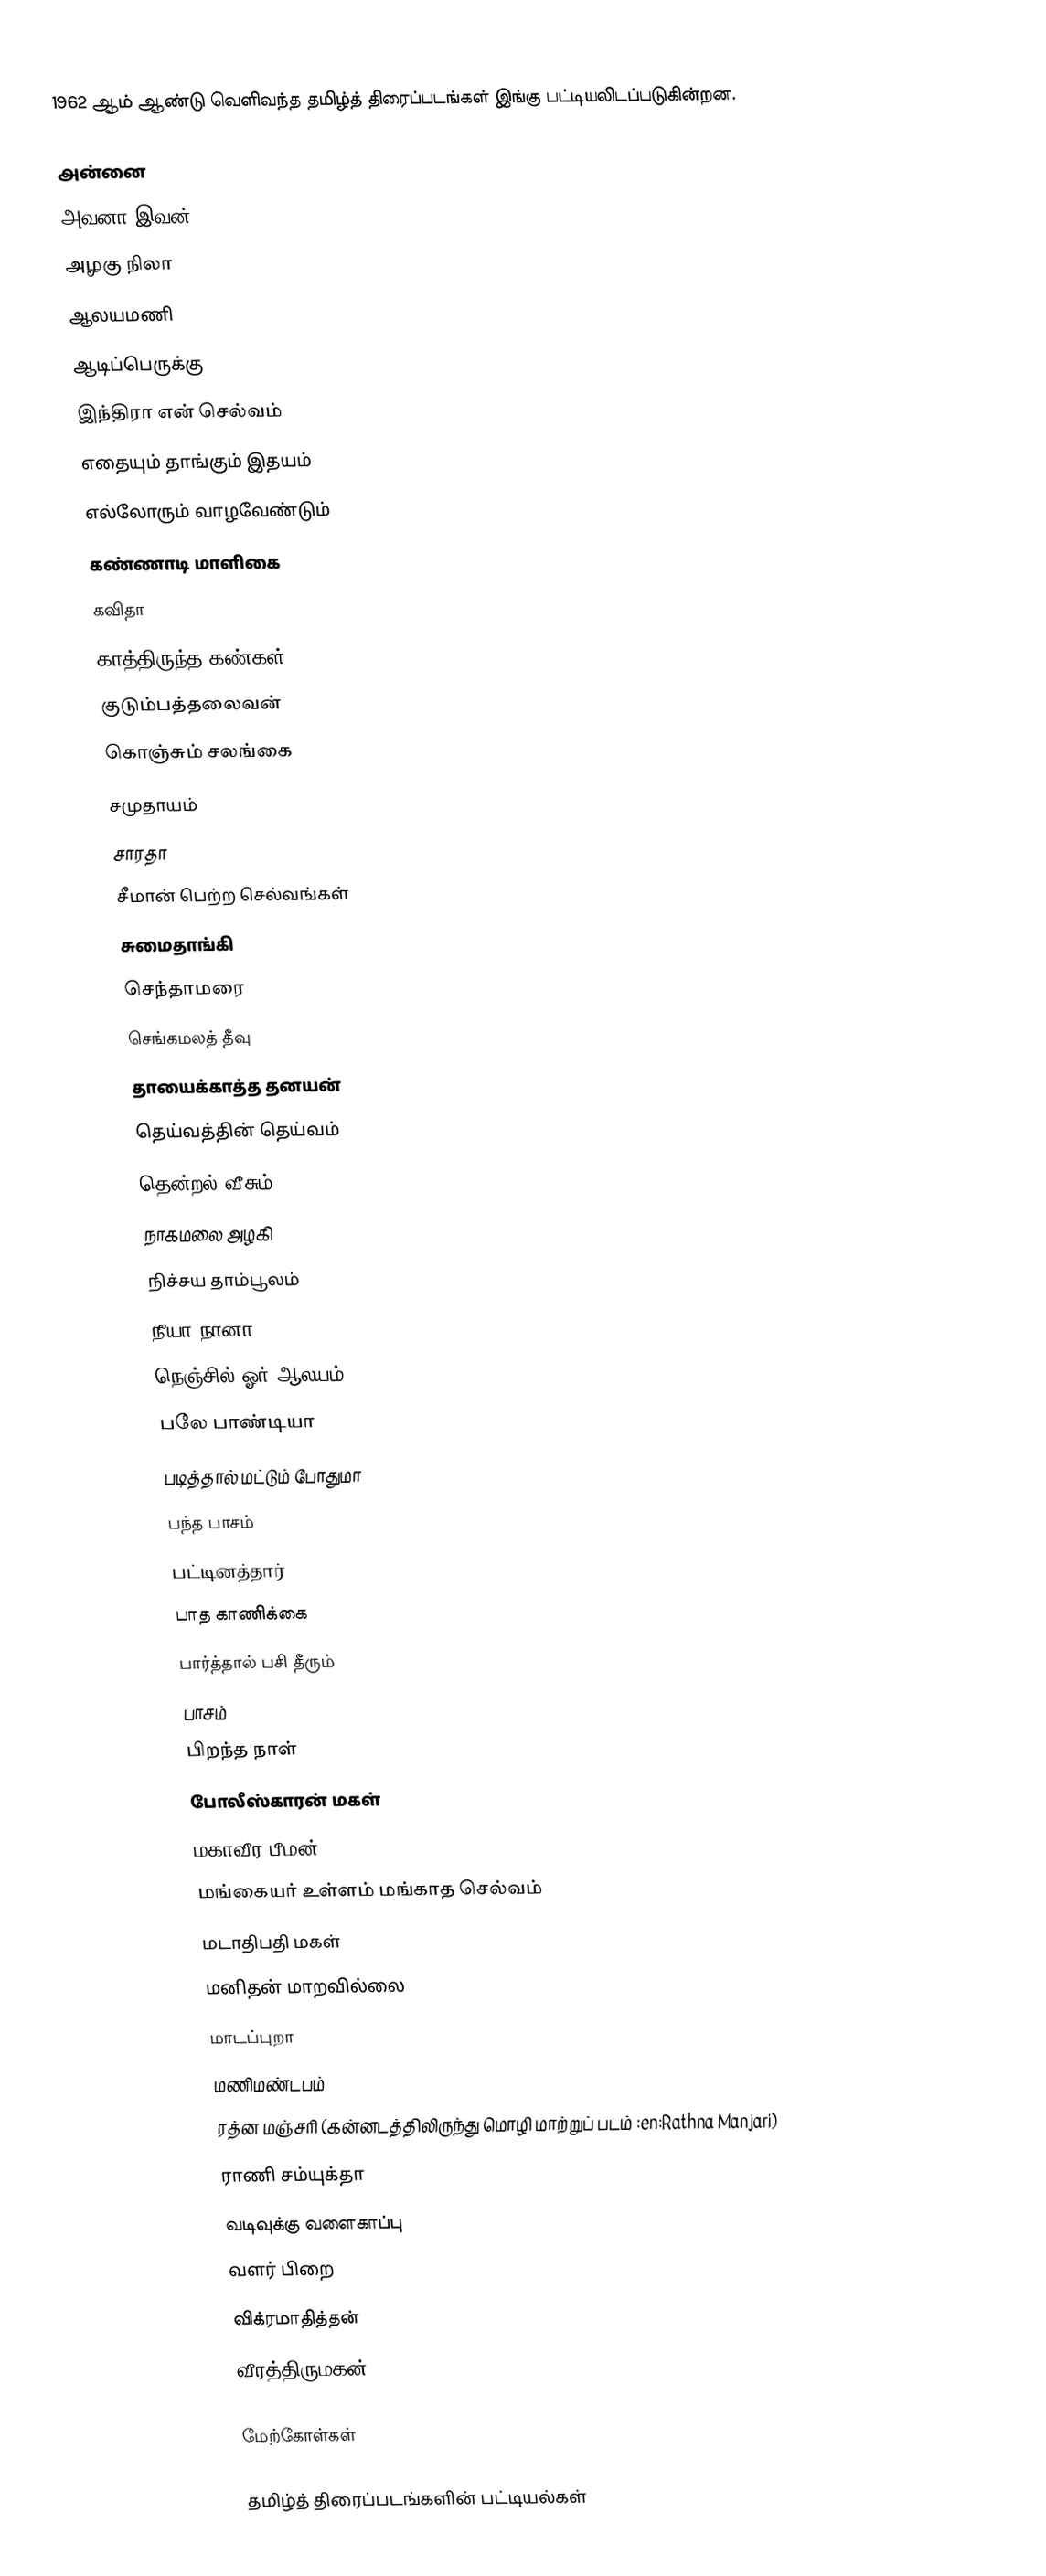
1962 ஆம் ஆண்டு வெளிவந்த தமிழ்த் திரைப்படங்கள் இங்கு பட்டியலிடப்படுகின்றன.

அன்னை
அவனா இவன்
அழகு நிலா
ஆலயமணி
ஆடிப்பெருக்கு
இந்திரா என் செல்வம்
எதையும் தாங்கும் இதயம்
எல்லோரும் வாழவேண்டும்
கண்ணாடி மாளிகை
கவிதா
காத்திருந்த கண்கள்
குடும்பத்தலைவன்
கொஞ்சும் சலங்கை
சமுதாயம்
சாரதா
சீமான் பெற்ற செல்வங்கள்
சுமைதாங்கி
செந்தாமரை
செங்கமலத் தீவு
தாயைக்காத்த தனயன்
தெய்வத்தின் தெய்வம்
தென்றல் வீசும்
நாகமலை அழகி
நிச்சய தாம்பூலம்
நீயா நானா
நெஞ்சில் ஓர் ஆலயம்
பலே பாண்டியா
படித்தால் மட்டும் போதுமா
பந்த பாசம்
பட்டினத்தார்
பாத காணிக்கை
பார்த்தால் பசி தீரும்
பாசம்
பிறந்த நாள்
போலீஸ்காரன் மகள்
மகாவீர பீமன்
மங்கையர் உள்ளம் மங்காத செல்வம்
மடாதிபதி மகள்
மனிதன் மாறவில்லை
மாடப்புறா
மணிமண்டபம்
ரத்ன மஞ்சரி (கன்னடத்திலிருந்து மொழி மாற்றுப் படம் :en:Rathna Manjari)
ராணி சம்யுக்தா
வடிவுக்கு வளைகாப்பு
வளர் பிறை
விக்ரமாதித்தன்
வீரத்திருமகன்

மேற்கோள்கள்

தமிழ்த் திரைப்படங்களின் பட்டியல்கள்